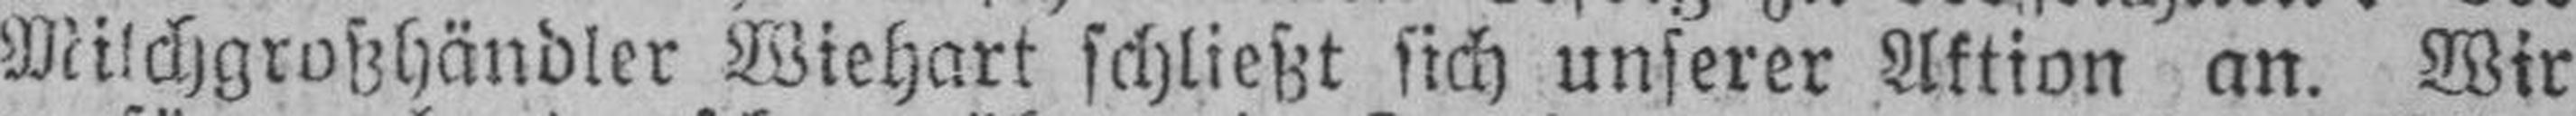
Milchgroßhändler Wiehart schließt sich unserer Aktion an. Wir